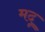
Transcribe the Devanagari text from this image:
मदू